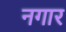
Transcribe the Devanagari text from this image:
नगार